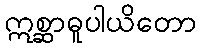
ဣစ္ဆာဓူပါယိတော